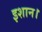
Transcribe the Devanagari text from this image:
इशान।